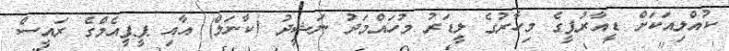
ކުއްލިއަކަށް ޑީއާރުޕީގެ މިހާރުގެ ލީޑަރު މުހައްމަދު ނަޝީދު (ކާނަލް) އާއި ޕީޕީއެމްގެ ރައީސް